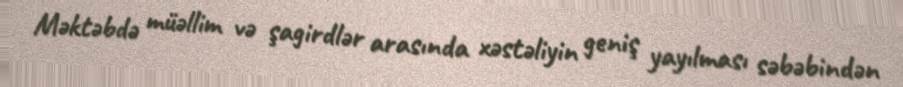
Məktəbdə müəllim və şagirdlər arasında xəstəliyin geniş yayılması səbəbindən